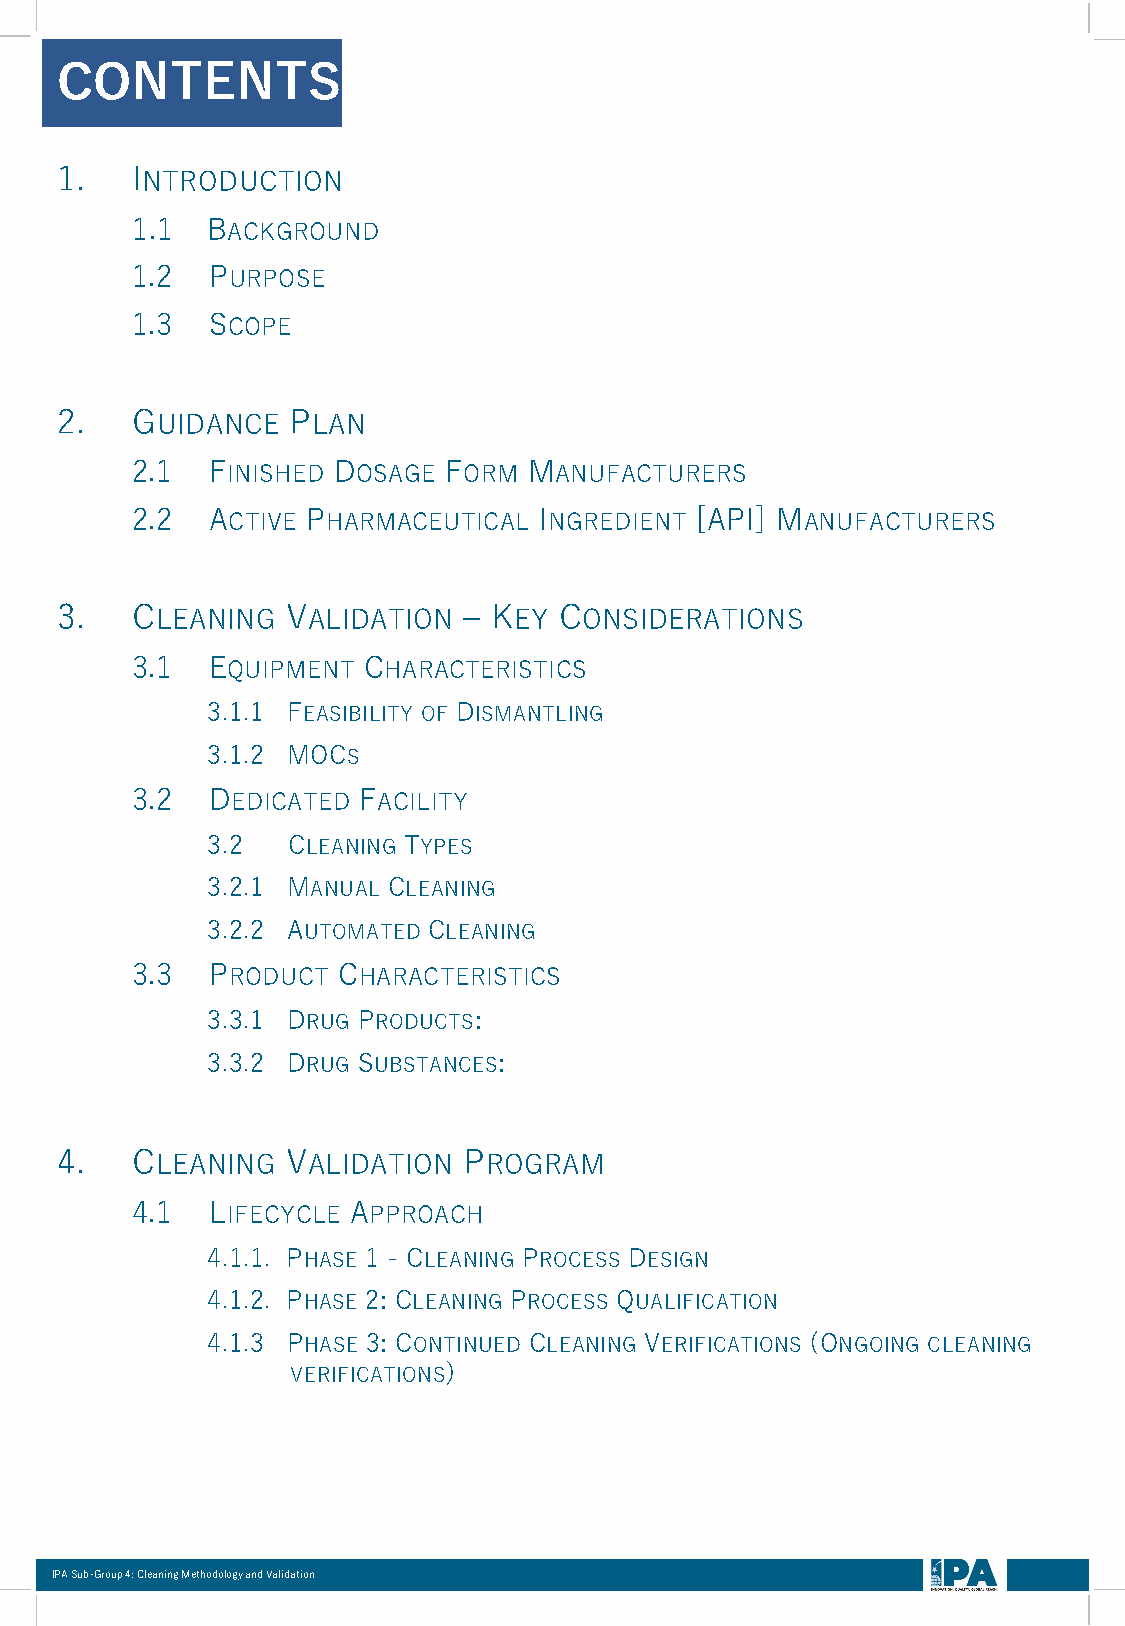
CONTENTS
 1.   INTRODUCTION
 1.1  BACKGROUND
 1.2  PURPOSE
 1.3  SCOPE
 2.   GUIDANCE  PLAN
 2.1  FINISHED DOSAGE FORM MANUFACTURERS
 2.2  ACTIVE PHARMACEUTICAL INGREDIENT [API] MANUFACTURERS
 3.   CLEANING  VALIDATION  – KEY CONSIDERATIONS
 3.1  EQUIPMENT CHARACTERISTICS
 3.1.1 FEASIBILITY OF DISMANTLING
 3.1.2 MOCS
 3.2  DEDICATED FACILITY
 3.2  CLEANING TYPES
 3.2.1 MANUAL CLEANING
 3.2.2 AUTOMATED CLEANING
 3.3  PRODUCT CHARACTERISTICS
 3.3.1 DRUG PRODUCTS:
 3.3.2 DRUG SUBSTANCES:
 4.   CLEANING  VALIDATION  PROGRAM
 4.1  LIFECYCLE APPROACH
 4.1.1. PHASE 1 - CLEANING PROCESS DESIGN
 4.1.2. PHASE 2: CLEANING PROCESS QUALIFICATION
 4.1.3 PHASE 3: CONTINUED CLEANING VERIFICATIONS (ONGOING CLEANING
 VERIFICATIONS)
 IPA Sub-Group 4: Cleaning Methodology and Validation